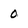
Character: 0